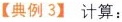
【典例3】 计算: